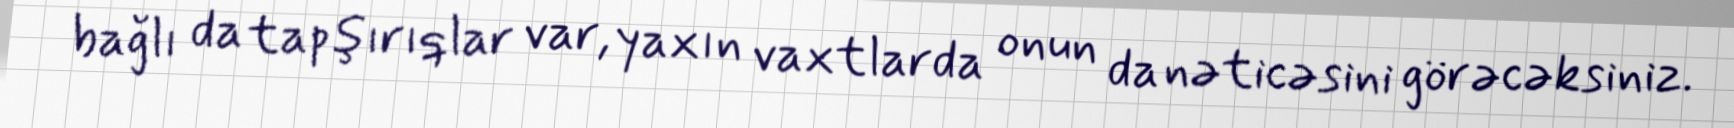
bağlı da tapşırıqlar var, yaxın vaxtlarda onun da nəticəsini görəcəksiniz.